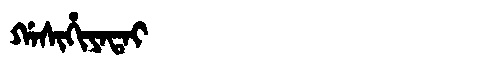
Manchu: ᡤᠠᠰᡳᡥᡳᠶᠠᡨᠠᡳ
Romanization: GASIHIYATAI